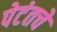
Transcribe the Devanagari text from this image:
पेटंतचे